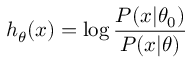
h _ { \theta } ( x ) = \log { \frac { P ( x | \theta _ { 0 } ) } { P ( x | \theta ) } }